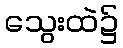
သွေးထဲ၌